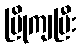
ပြိုကျပြီး